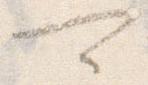
可